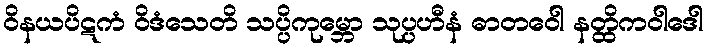
ဝိနယပိဋကံ ဝိဒံသေတိ သပ္ပိကုမ္ဘော သုပ္ပဟီနံ ဓာတဝေါ နတ္ထိကဝါဒေါ